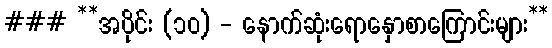
### **အပိုင်း (၁၀) - နောက်ဆုံးရောနှောစာကြောင်းများ**